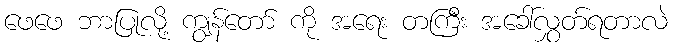
ဖေဖေ ဘာပြုလို့ ကျွန်တော် ကို အရေး တကြီး အခေါ်လွှတ်ရတာလဲ